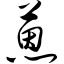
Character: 蒽